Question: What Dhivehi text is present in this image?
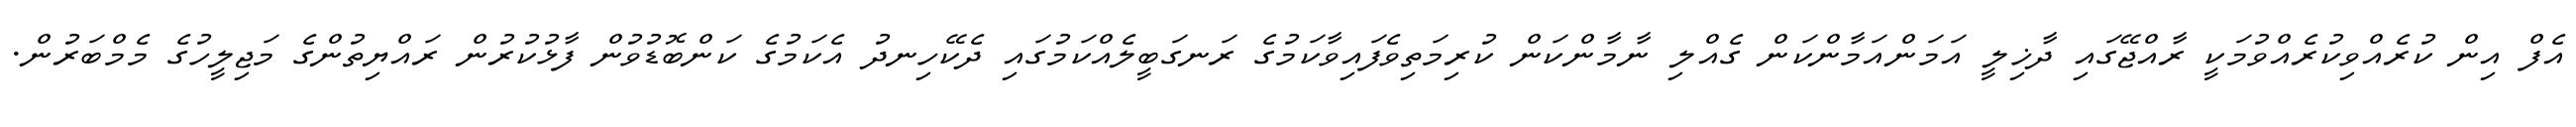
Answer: އެފް އިން ކުރެއްވިކުރެއްވުމަކީ ރާއްޖޭގައި ދާޚިލީ އަމަންއަމާންކަން ގެއްލި ނާމާންކަން ކުރިމަތިވެފައިވާކަމުގެ ރަނގަބީލެއްކަމުގައި ދެކޭހިނދު އެކަމުގެ ކަންބޮޑުވުން ފާޅުކުރުން ރައްޔިތުންގެ މަޖިލީހުގެ މެމްބަރުން.